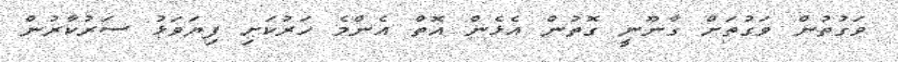
ވަގުތުން ވަގުތަށް ގާނޫނީ ގޮތުން އެޅެން އޮތް އެންމެ ހަރުކަށި ފިޔަވަޅު ސަރުކާރުން